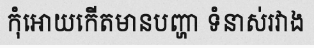
កុំអោយកើតមានបញ្ហា ទំនាស់រវាង